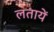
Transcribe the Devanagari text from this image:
लतायें